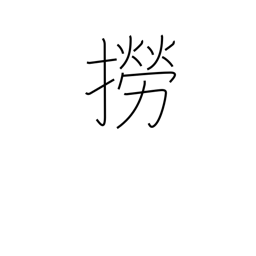
Meaning: catch fish